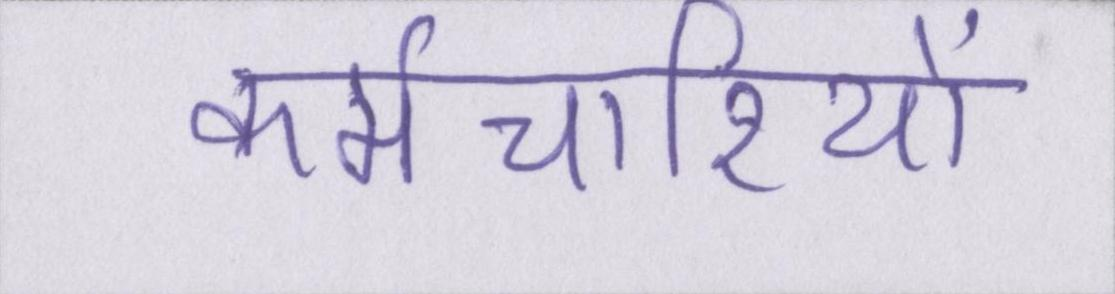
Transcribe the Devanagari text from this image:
कर्मचारियों